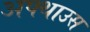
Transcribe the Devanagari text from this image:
अफ्थाउस